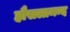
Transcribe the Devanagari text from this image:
हौसलामन्द